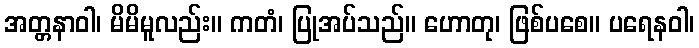
အတ္တနာဝါ၊ မိမိမူလည်း။ ကတံ၊ ပြုအပ်သည်။ ဟောတု၊ ဖြစ်ပစေ။ ပရေနဝါ၊